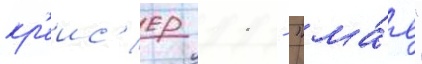
кр'еис'ер 11 - "ма́я"